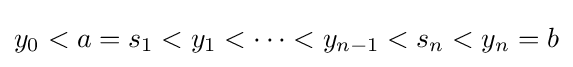
y_{0}<a=s_{1}<y_{1}<\dots <y_{n-1}<s_{n}<y_{n}=b